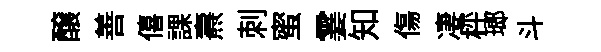
醸善僖課燾刺蜜霎知傷凄枰瑯斗